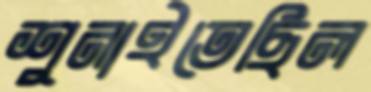
শুনাইতেছিল